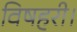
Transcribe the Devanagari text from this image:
विषहरी।